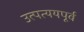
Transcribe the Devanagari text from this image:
उत्पत्ययपूर्व